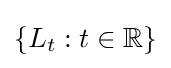
\left\{L_{t}:t\in \mathbb {R} \right\}